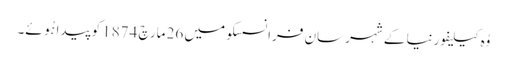
وُہ کیلیفورنیا کے شہر سان فرانسسکو میں 26 مارچ 1874 کو پیدا ہُوئے۔